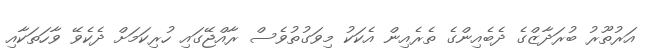
އަރުތޫރު ބުރަދާޒްގެ ދެބެއިންގެ ތެރެއިން އެކަކު މިވަގުތުވެސް ރާއްޖޭގައި ހުރިކަމަށް ދެކެވޭ ވާހަތަކާއި